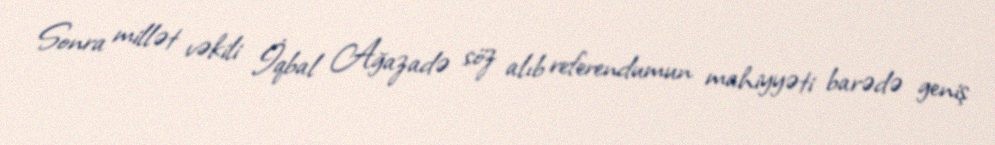
Sonra millət vəkili İqbal Ağazadə söz alıb referendumun mahiyyəti barədə geniş